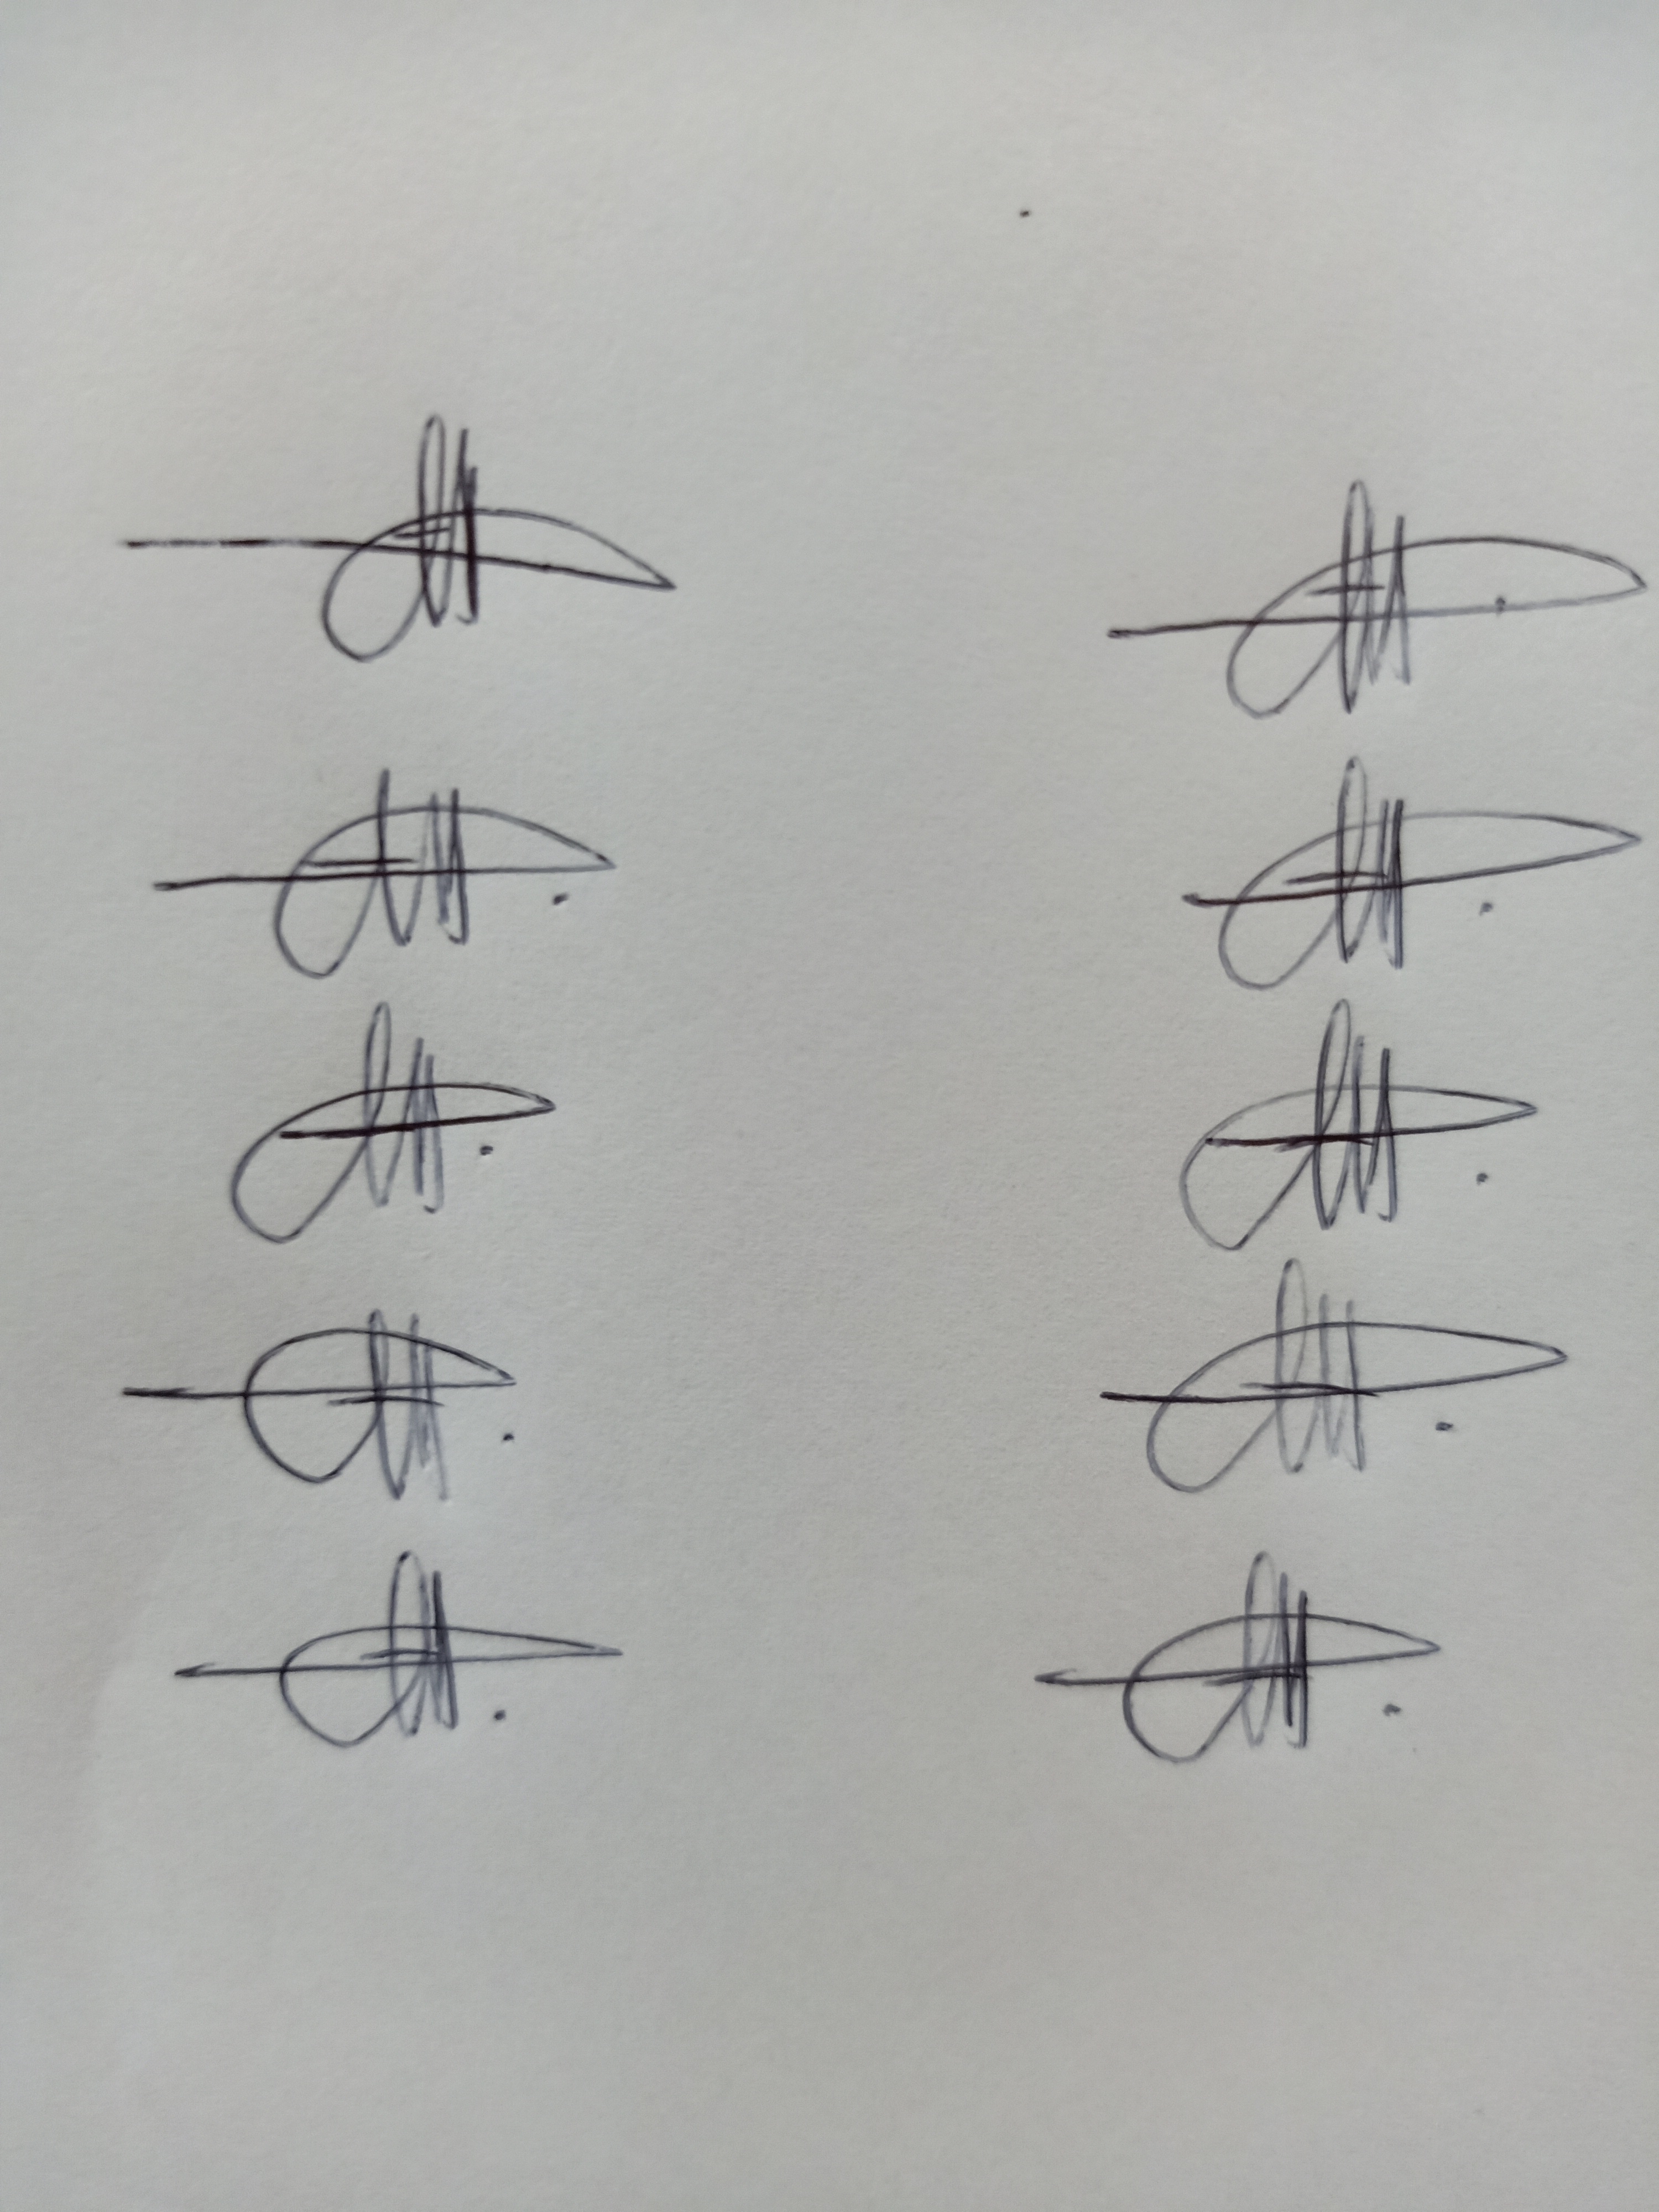
Signature authenticity: genuine